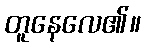
တူနေလေ၏။